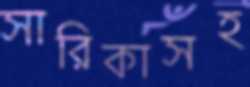
সারিকাসহ